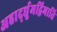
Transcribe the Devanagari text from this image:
अहार्द्द्युमद्विभाति